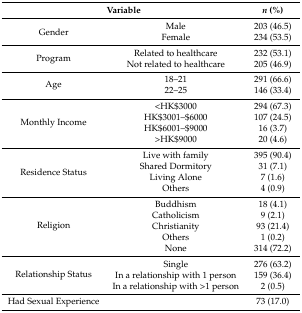
<table><thead><tr><td colspan="2"><b>Variable</b></td><td><b><i>n</i> (%)</b></td></tr></thead><tbody><tr><td rowspan="2">Gender</td><td>Male</td><td>203 (46.5)</td></tr><tr><td>Female</td><td>234 (53.5)</td></tr><tr><td rowspan="2">Program</td><td>Related to healthcare</td><td>232 (53.1)</td></tr><tr><td>Not related to healthcare</td><td>205 (46.9)</td></tr><tr><td rowspan="2">Age</td><td>18–21</td><td>291 (66.6)</td></tr><tr><td>22–25</td><td>146 (33.4)</td></tr><tr><td rowspan="4">Monthly Income</td><td>&lt;HK$3000</td><td>294 (67.3)</td></tr><tr><td>HK$3001–$6000</td><td>107 (24.5)</td></tr><tr><td>HK$6001–$9000</td><td>16 (3.7)</td></tr><tr><td>&gt;HK$9000</td><td>20 (4.6)</td></tr><tr><td rowspan="4">Residence Status</td><td>Live with family</td><td>395 (90.4)</td></tr><tr><td>Shared Dormitory</td><td>31 (7.1)</td></tr><tr><td>Living Alone</td><td>7 (1.6)</td></tr><tr><td>Others</td><td>4 (0.9)</td></tr><tr><td rowspan="5">Religion</td><td>Buddhism</td><td>18 (4.1)</td></tr><tr><td>Catholicism</td><td>9 (2.1)</td></tr><tr><td>Christianity</td><td>93 (21.4)</td></tr><tr><td>Others</td><td>1 (0.2)</td></tr><tr><td>None</td><td>314 (72.2)</td></tr><tr><td rowspan="3">Relationship Status</td><td>Single</td><td>276 (63.2)</td></tr><tr><td>In a relationship with 1 person</td><td>159 (36.4)</td></tr><tr><td>In a relationship with &gt;1 person</td><td>2 (0.5)</td></tr><tr><td>Had Sexual Experience</td><td></td><td>73 (17.0)</td></tr></tbody></table>